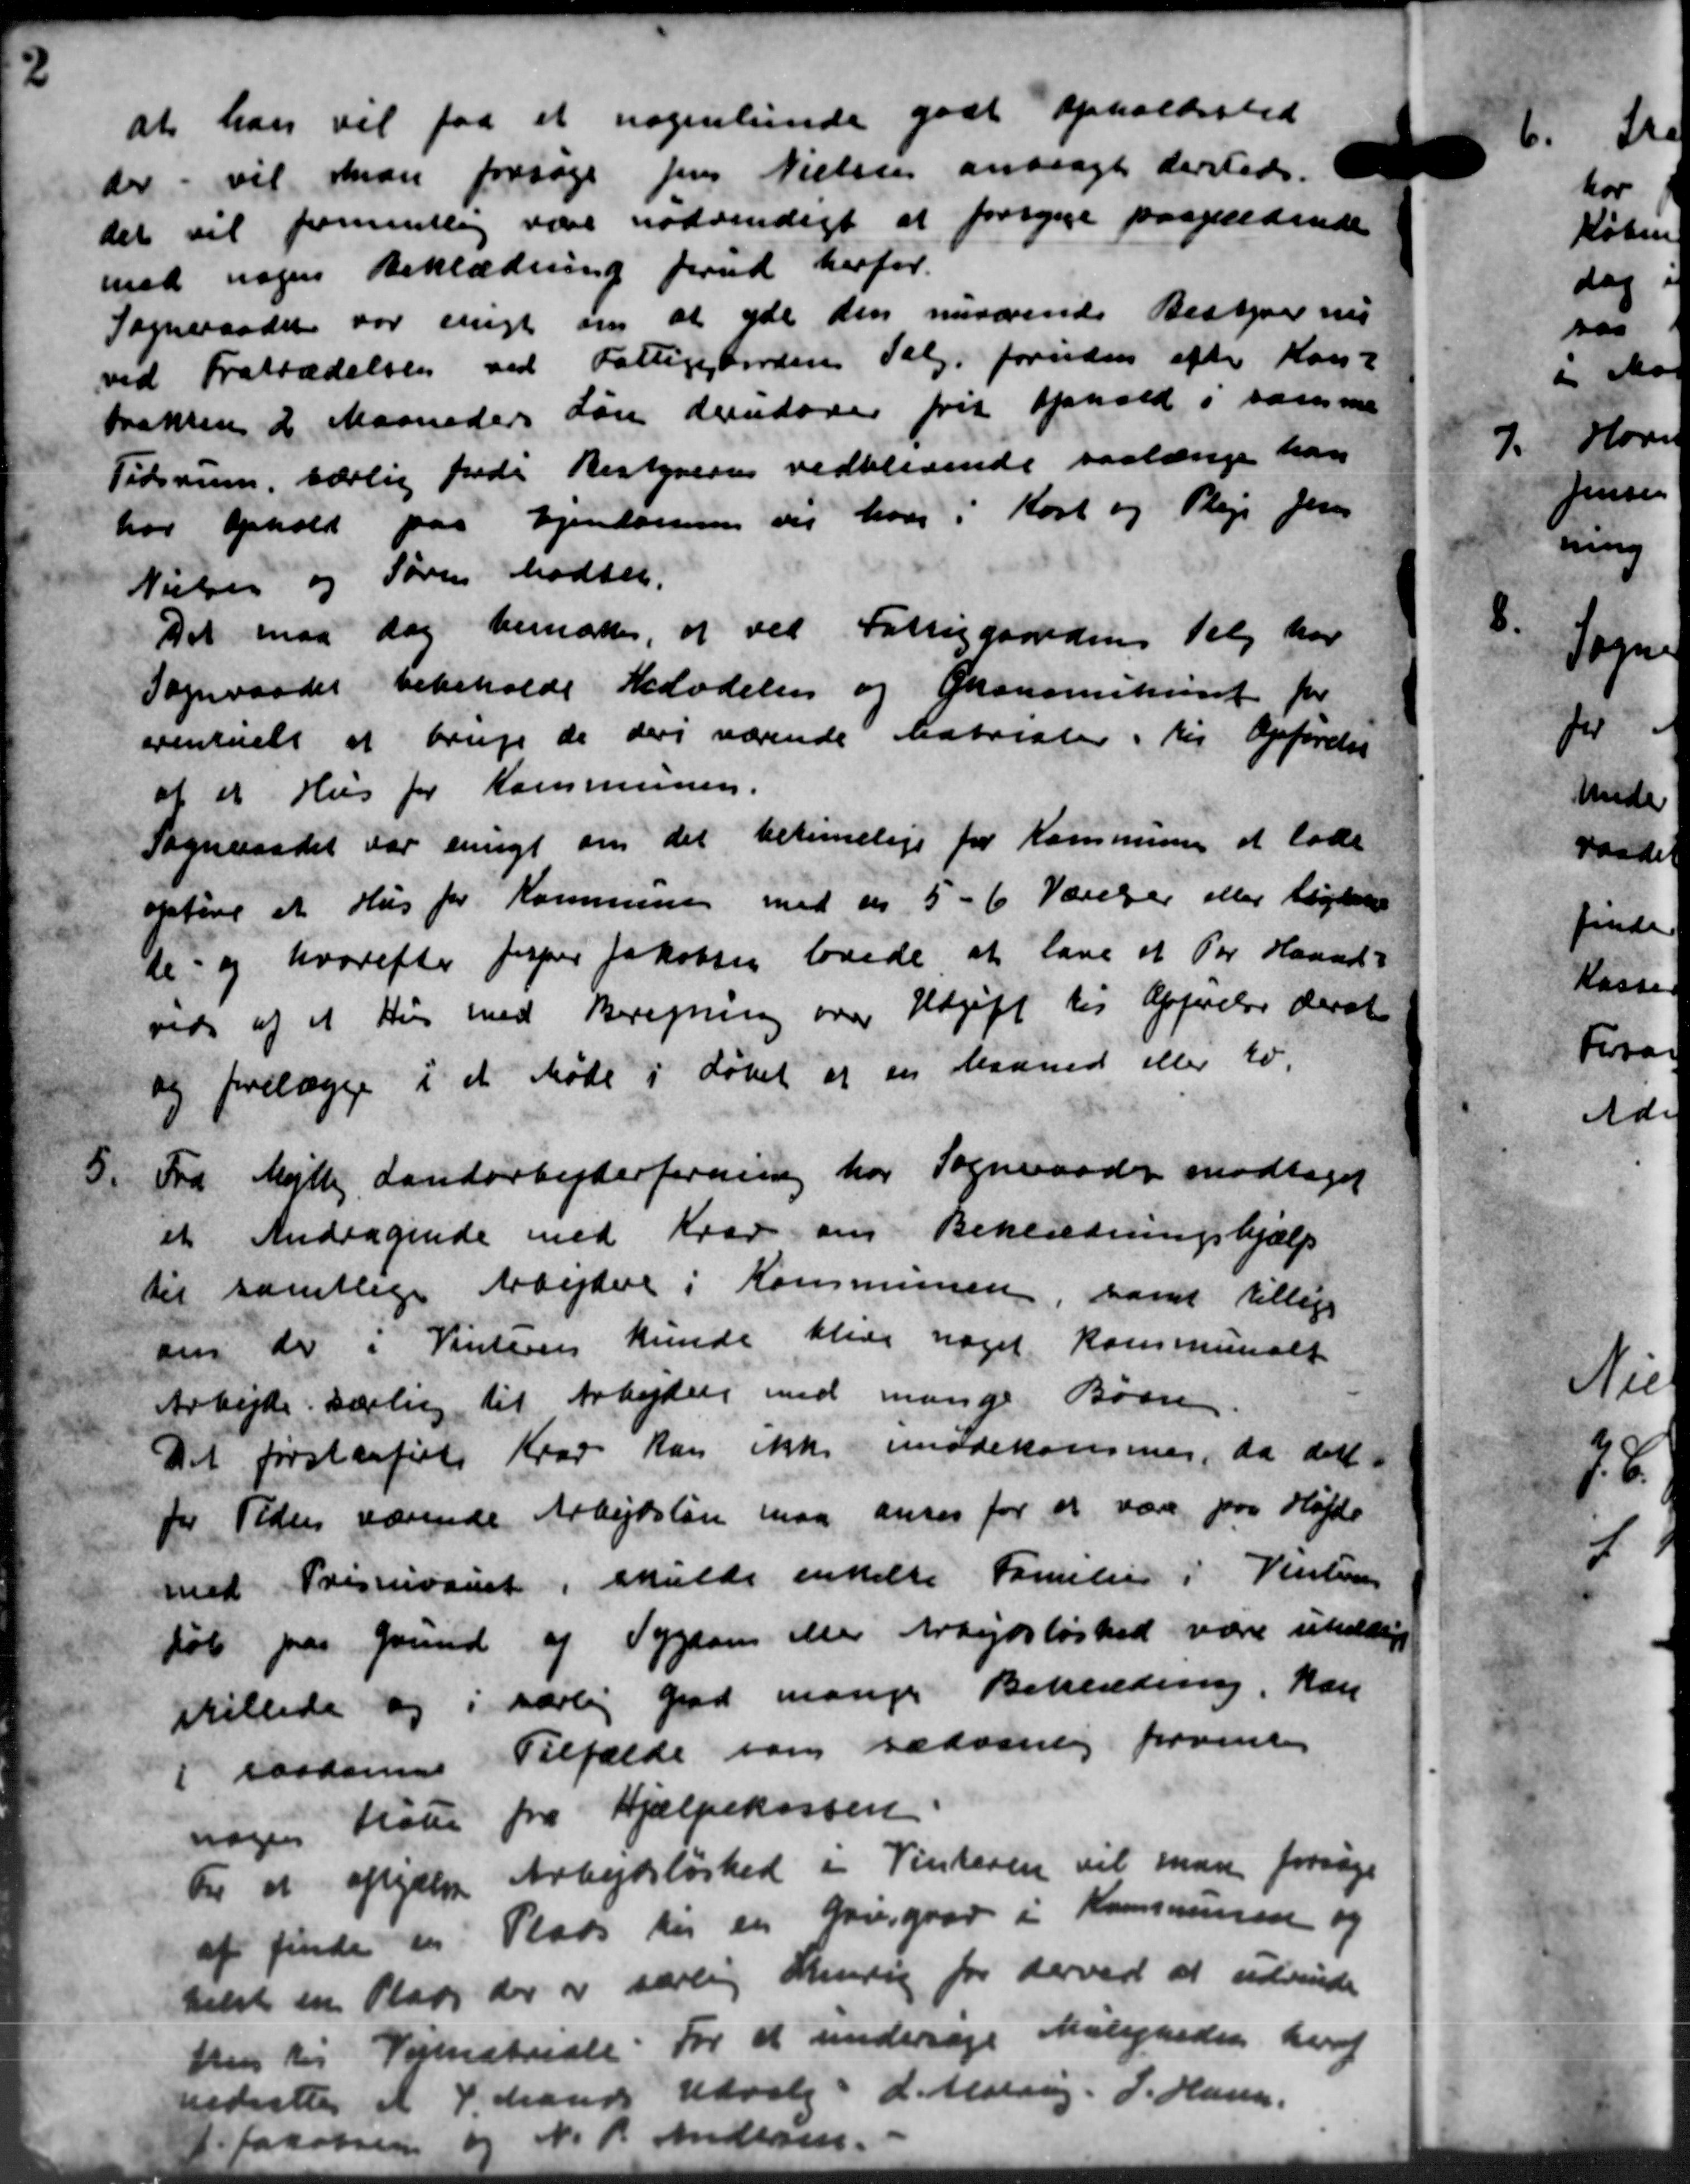
Transskription:
at han vil faa et nogenlunde godt opholdssted
der vil man forsøge Jens Nielsen anbragte dersteds.
det vil frementlig være nødvendigt at forsynge paagældende
med nogen Beklædning forud herfor.
Sogneraadet var enigt om at yde den nuværende Bestyrer nu
ved Fratrædelsen ved Fattigebordens Salg foruden efter Kons-
trakten 2 Maaneders Løn derudover frit ophold i samme
Tidsrum, særlig frede Bestyreren vedblivende saalænge han
har ophold paa Ejendommen vil hver i Kort og Pleje Jens
Nielsen og Søren Mødte.
Det maa dag hensættes, at ved Fattiggaardens Valg har
Sogneraadet bebeholdt Beladelser og Økonomikerent for
eventuelt at bruge de deri værende Matrialer, til Opførelse
af et Hus for Kommunen.
Sogneraadet var enigt om det betimelige for Kommunen at lade
opføre et Hus for Kommunen med en 5-6 Værelser eller lignene
te- og hvorefter Jesper Jakobsen lovede at lave et Per Haand-
vids af et Hus med Beregning over Udgift til Afgørelse derat
og forelægge i et Møde i Løbet er en Maaned eller to.
5.
Fra Mejlby Landarbejderforening har Sogneraadet modtaget
et Andragende med Krav om Beklædningshjælp
til samtlige Arbejdere i Kommunen, samt tillige
ais de i Vinteren kunde blive noget Kommunalt
Arbejde særling til Arbejder med mange Børnen
Det forstenfiele Krav kan ikke imødekommer, da dett
for Tidens værende Arbejdsløn maa anses for at være paa Højde
med Pristianet, skulde enkelte Familien i Venten
køb paa Grund af Sygdom eller Arbejdsløshed være undlige
stillede og i særlig Grad mange Beklædning, kan
i saadanne Tilfælde som sædvanlig forventes
nogen Kone fra Hjælpekassen.
Til at oplysese Arbejdsløshed i Vinteren vil man forsøge
af finde der Plads til en Grusgaar i Kommunen og
hest en Plads der er særlig Sinding for derved at udvende
hus til Vejenstriale. For at undersøge Malereden hvor
nedsættes et 4. Mands Udvalg: L. Madrag. L. Hanse
Jo Jacobsen og N. P. Andersen.